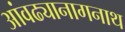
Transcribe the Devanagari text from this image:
आंवढ्यानागनाथ